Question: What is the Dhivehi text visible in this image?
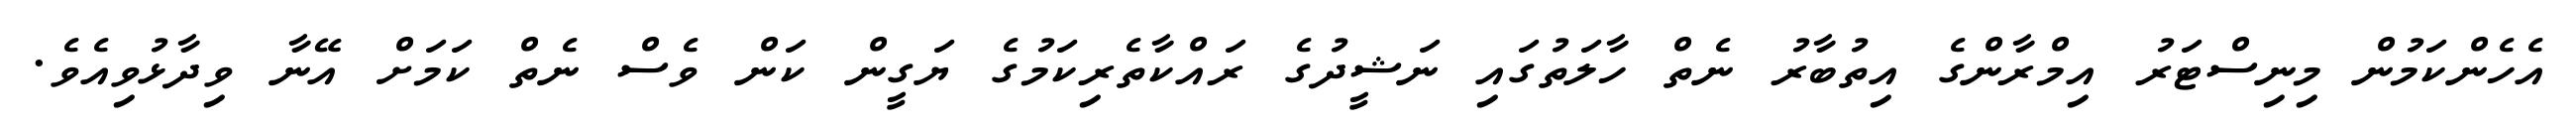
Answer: އެހެންކަމުން މިނިސްޓަރު އިމްރާންގެ އިތުބާރު ނެތް ހާލަތުގައި ނަޝީދުގެ ރައްކާތެރިކަމުގެ ޔަގީން ކަން ވެސް ނެތް ކަމަށް އޭނާ ވިދާޅުވިއެވެ.